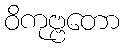
ဝိကုဗ္ဗတော